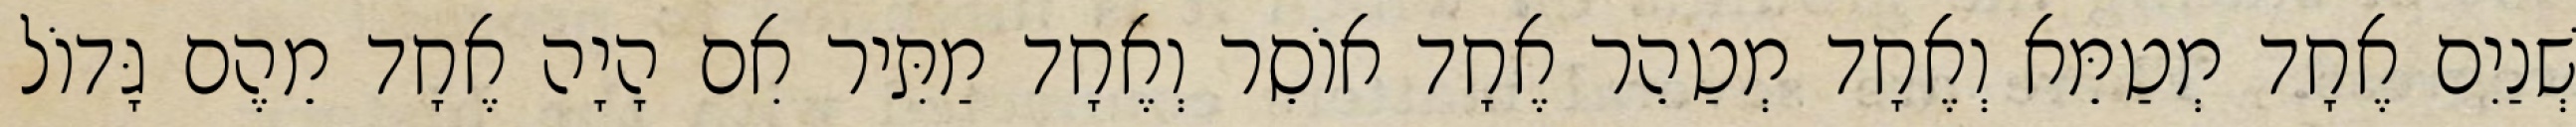
שְׁנַיִם אֶחָד מְטַמֵּא וְאֶחָד מְטַהֵר אֶחָד אוֹסֵר וְאֶחָד מַתִּיר אִם הָיָה אֶחָד מֵהֶם גָּדוֹל